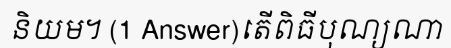
និយម។ (1 Answer)តើពិធីបុណ្យណា